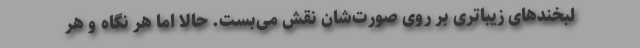
لبخندهای زیباتری بر روی صورت‌شان نقش می‌بست. حالا اما هر نگاه و هر